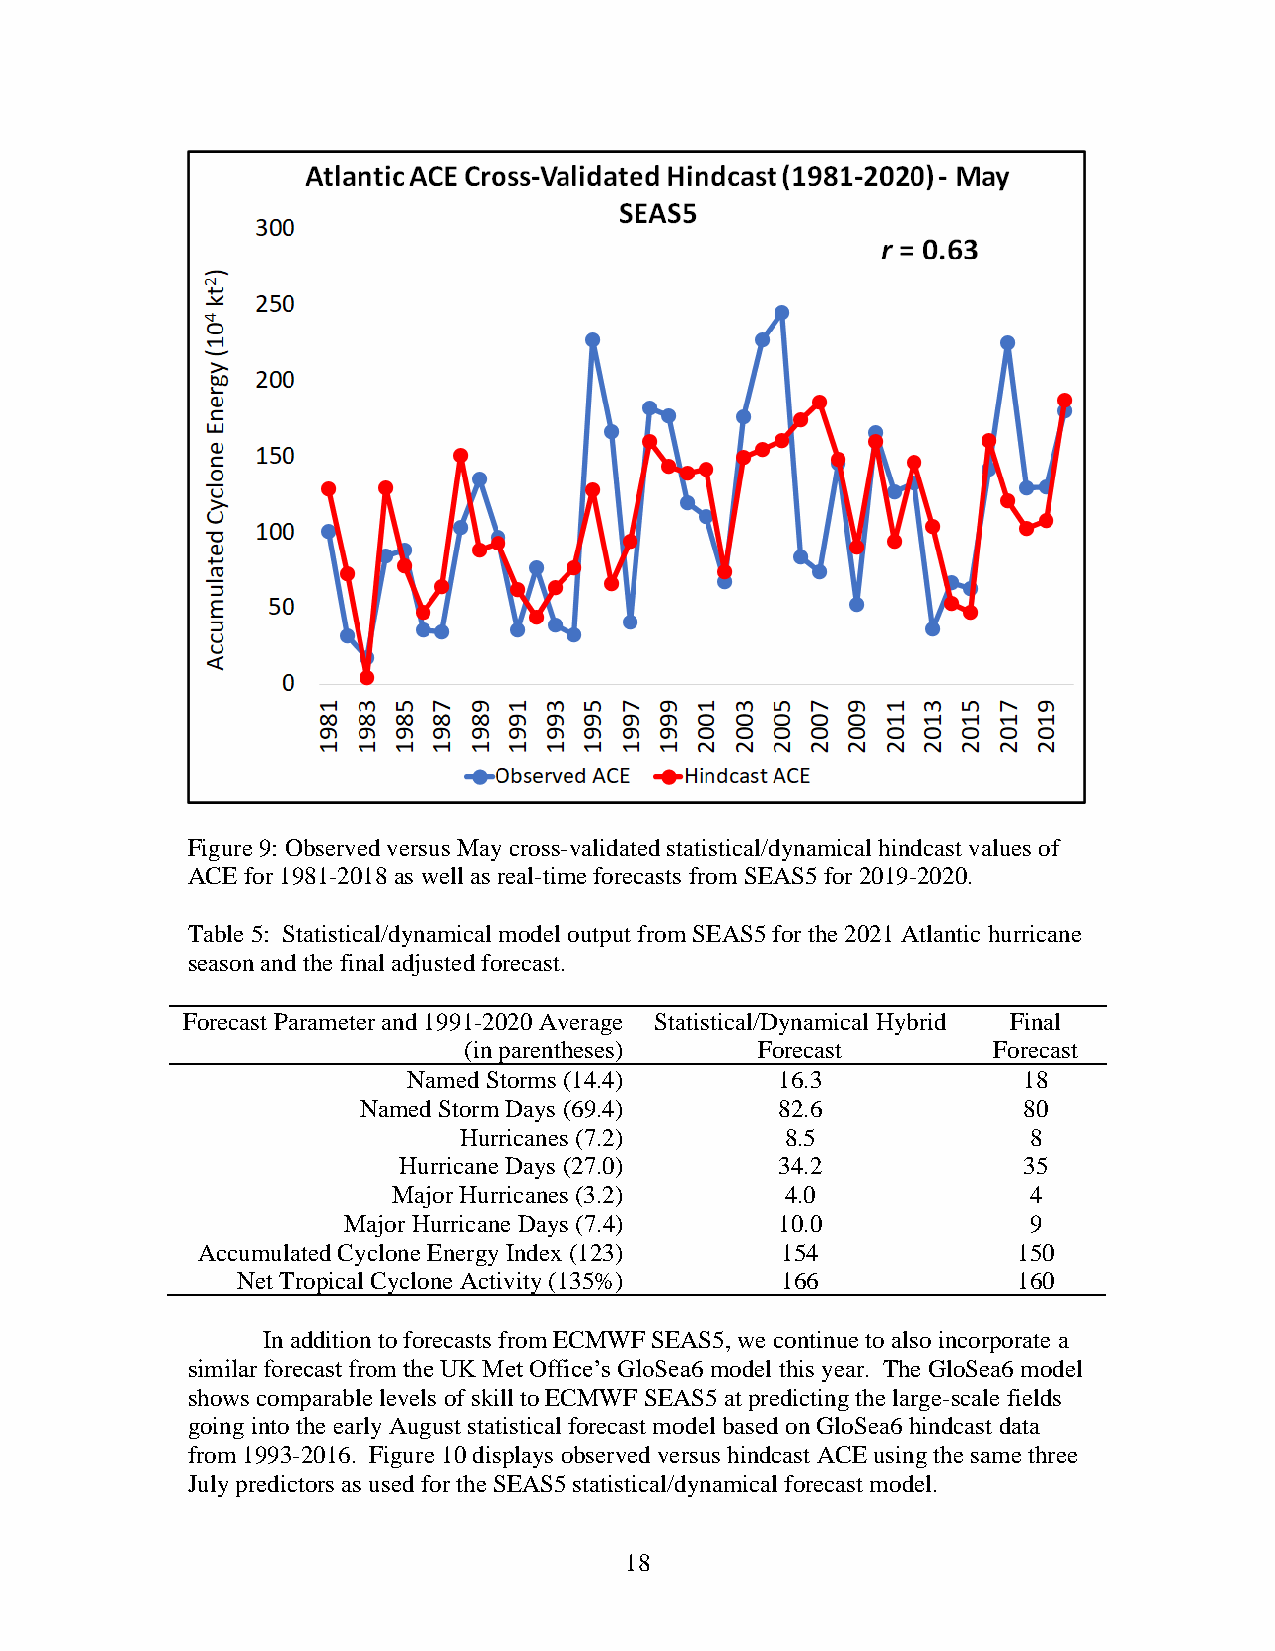
Figure 9: Observed versus May cross-validated statistical/dynamical hindcast values of
 ACE for 1981-2018 as well as real-time forecasts from SEAS5 for 2019-2020.
 Table 5: Statistical/dynamical model output from SEAS5 for the 2021 Atlantic hurricane
 season and the final adjusted forecast.
 Forecast Parameter and 1991-2020 Average Statistical/Dynamical Hybrid Final
 (in parentheses)   Forecast        Forecast
 Named Storms (14.4)      16.3            18
 Named Storm Days (69.4)     82.6            80
 Hurricanes (7.2)      8.5             8
 Hurricane Days (27.0)     34.2            35
 Major Hurricanes (3.2)    4.0             4
 Major Hurricane Days (7.4)   10.0            9
 Accumulated Cyclone Energy Index (123) 154            150
 Net Tropical Cyclone Activity (135%) 166           160
 In addition to forecasts from ECMWF SEAS5, we continue to also incorporate a
 similar forecast from the UK Met Office’s GloSea6 model this year. The GloSea6 model
 shows comparable levels of skill to ECMWF SEAS5 at predicting the large-scale fields
 going into the early August statistical forecast model based on GloSea6 hindcast data
 from 1993-2016. Figure 10 displays observed versus hindcast ACE using the same three
 July predictors as used for the SEAS5 statistical/dynamical forecast model.
 18